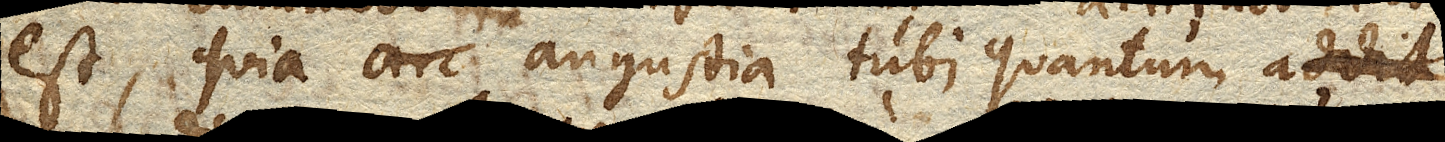
est, quia angustia tubi quantum